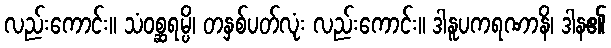
လည်းကောင်း။ သံဝစ္ဆရမ္ပိ၊ တနှစ်ပတ်လုံး လည်းကောင်း။ ဒါနူပကရဏာနိ၊ ဒါန၏